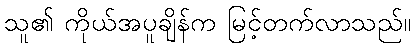
သူ၏ ကိုယ်အပူချိန်က မြင့်တက်လာသည်။